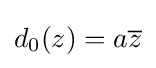
d_{0}(z)=a{\overline {z}}